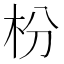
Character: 枌